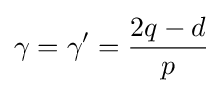
\gamma =\gamma '={\frac {2q-d}{p}}